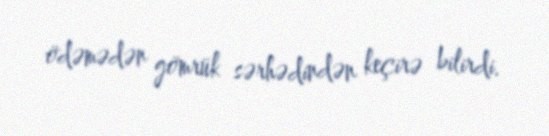
ödəmədən gömrük sərhədindən keçirə bilirdi.